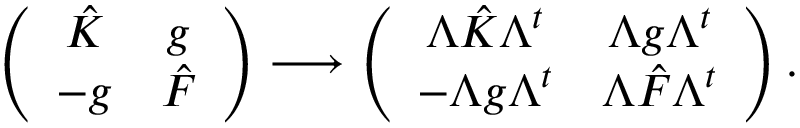
\left( \begin{array} { c c } { { \hat { K } } } & { { g } } \\ { { - g } } & { { \hat { F } } } \end{array} \right) \longrightarrow \left( \begin{array} { c c } { { \Lambda \hat { K } \Lambda ^ { t } } } & { { \Lambda g \Lambda ^ { t } } } \\ { { - \Lambda g \Lambda ^ { t } } } & { { \Lambda \hat { F } \Lambda ^ { t } } } \end{array} \right) .